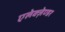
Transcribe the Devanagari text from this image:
एलेक्ज़ेण्डर